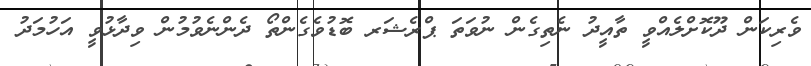
ވެރިކަން ދޫކޮށްލެއްވީ ތާއީދު ނެތިގެން ނުވަތަ ޕްރެޝަރ ބޮޑުވެގެންތޯ ދެންނެވުމުން ވިދާޅުވީ އަހުމަދު